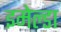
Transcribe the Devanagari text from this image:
इमेल्डा